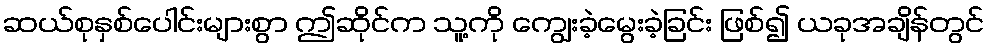
ဆယ်စုနှစ်ပေါင်းများစွာ ဤဆိုင်က သူ့ကို ကျွေးခဲ့မွေးခဲ့ခြင်း ဖြစ်၍ ယခုအချိန်တွင်